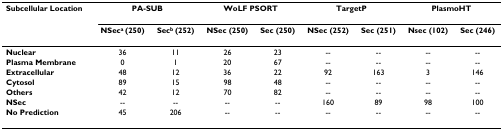
<table><thead><tr><td><b>Subcellular Location</b></td><td colspan="2"><b>PA-SUB</b></td><td colspan="2"><b>WoLF PSORT</b></td><td colspan="2"><b>TargetP</b></td><td colspan="2"><b>PlasmoHT</b></td></tr><tr><td></td><td><b>NSec<sup>a </sup>(250)</b></td><td><b>Sec<sup>b </sup>(252)</b></td><td><b>NSec (250)</b></td><td><b>Sec (250)</b></td><td><b>NSec (252)</b></td><td><b>Sec (251)</b></td><td><b>Nsec (102)</b></td><td><b>Sec (246)</b></td></tr></thead><tbody><tr><td><b>Nuclear</b></td><td>36</td><td>11</td><td>26</td><td>23</td><td>--</td><td>--</td><td>--</td><td>--</td></tr><tr><td><b>Plasma Membrane</b></td><td>0</td><td>1</td><td>20</td><td>67</td><td>--</td><td>--</td><td>--</td><td>--</td></tr><tr><td><b>Extracellular</b></td><td>48</td><td>12</td><td>36</td><td>22</td><td>92</td><td>163</td><td>3</td><td>146</td></tr><tr><td><b>Cytosol</b></td><td>89</td><td>15</td><td>98</td><td>48</td><td>--</td><td>--</td><td>--</td><td>--</td></tr><tr><td><b>Others</b></td><td>42</td><td>12</td><td>70</td><td>82</td><td>--</td><td>--</td><td>--</td><td>--</td></tr><tr><td><b>NSec</b></td><td>--</td><td>--</td><td>--</td><td>--</td><td>160</td><td>89</td><td>98</td><td>100</td></tr><tr><td><b>No Prediction</b></td><td>45</td><td>206</td><td>--</td><td>--</td><td>--</td><td>--</td><td>--</td><td>--</td></tr></tbody></table>